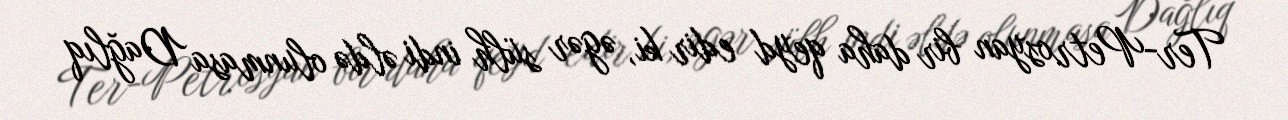
Ter-Petrosyan bir daha qeyd edir ki, əgər sülh indi əldə olunmasa Dağlıq